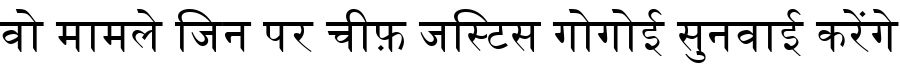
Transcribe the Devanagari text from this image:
वो मामले जिन पर चीफ़ जस्टिस गोगोई सुनवाई करेंगे